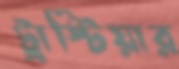
ট্রাস্টিয়ার